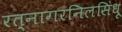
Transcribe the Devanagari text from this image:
रत्नागरनिलसिंधू